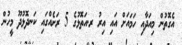
އެގޮތުން މިއަދާއި ހަމައަށް އައި އިރު ރ.އަތޮޅުގެ 5 ރަށެއްގައި ކަނދޮޅުދޫ މީހުން